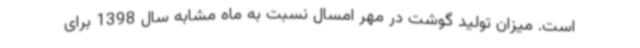
است. میزان تولید گوشت در مهر امسال نسبت به ماه مشابه سال 1398 برای